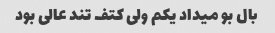
بال بو میداد یکم ولی کتف تند عالی بود